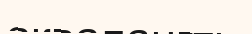
аквалангты